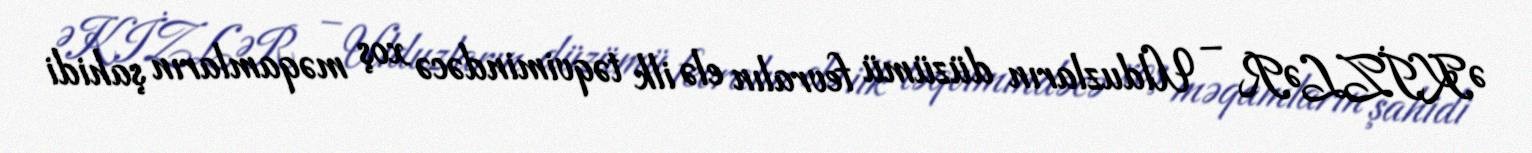
ƏKİZLƏR – Ulduzların düzümü fevralın elə ilk təqvimindəcə xoş məqamların şahidi